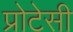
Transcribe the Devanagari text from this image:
प्रोटेसी